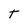
Character: t